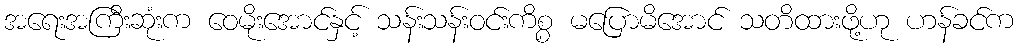
အရေးအကြီးဆုံးက ဝေမိုးအောင်နှင့် သန်းသန်းဝင်းကိစ္စ မပြောမိအောင် သတိထားဖို့ဟု ဟန်ခင်က